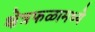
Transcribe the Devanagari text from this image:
क्षेत्रफळामध्ये